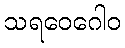
သရဝေဂေါဝ